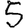
Digit: 5